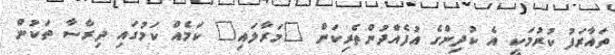
ތައާރަފު ކުރުމަކީ އެ ކުދިންގެ އުފެއްދުންތެރިކަން "މަރާލައި" ކަމެއް ކަމުގައި ދިރާސާ ތަކުން